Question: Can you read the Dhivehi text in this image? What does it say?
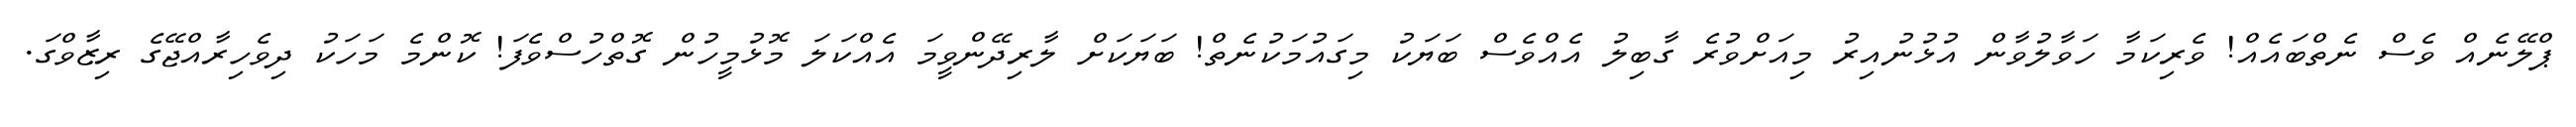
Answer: ޕްލޭނެއް ވެސް ނެތްބައެއް! ވެރިކަމާ ހަވާލުވާން އުޅުނުއިރު މިއަށްވުރެ ގާބިލު އެއްވެސް ބަޔަކު މިގައުމަކުނެތް! ބަޔަކަށް ލާރިދޭންވީމަ އެއްކަލަ މޮޅުމީހުން ގޮތްހުސްވެފަ! ކޮންމެ މަހަކު ދިވެހިރާއްޖޭގެ ރިޒާވްގަ.